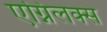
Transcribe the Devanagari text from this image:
एग्निलक्स